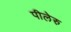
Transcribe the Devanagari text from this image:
पीलेरु